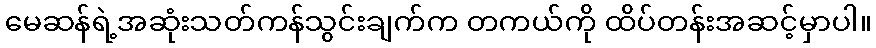
မေဆန်ရဲ့အဆုံးသတ်ကန်သွင်းချက်က တကယ်ကို ထိပ်တန်းအဆင့်မှာပါ။